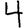
Digit: 4